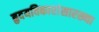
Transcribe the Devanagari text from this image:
हृदयविकारांसारख्या